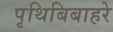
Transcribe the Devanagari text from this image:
पृथिबिबाहरे